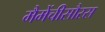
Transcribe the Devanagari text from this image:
मैमेंचीसौरस